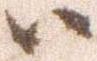
ハ